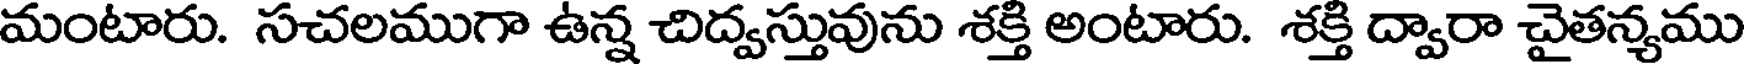
మంటారు. సచలముగా ఉన్న చిద్వస్తువును శక్తి అంటారు. శక్తి ద్వారా చైతన్యము